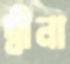
দ্বীনা